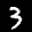
Label: 3